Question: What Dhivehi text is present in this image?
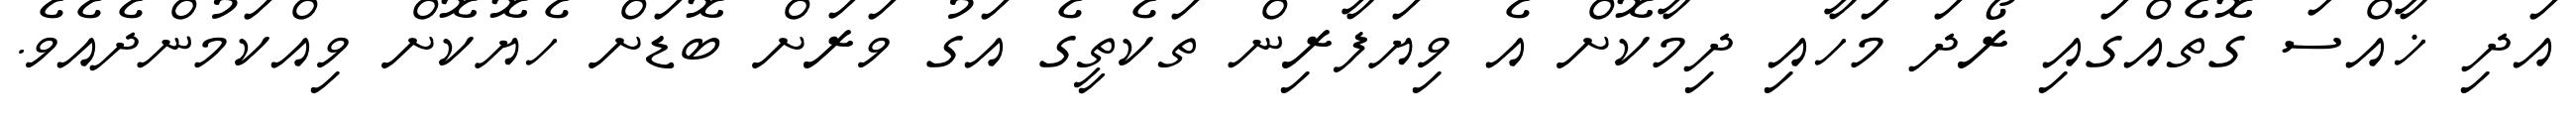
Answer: އަދި ޚާއްސަ ގޮތެއްގައި ރޯދަ މަހާއި ދިމާކޮށް އެ ވިޔަފާރިން ތަކެތީގެ އަގު ވަރަށް ބޮޑަށް ހެޔޮކޮށް ވިއްކަމުންދެއެވެ.